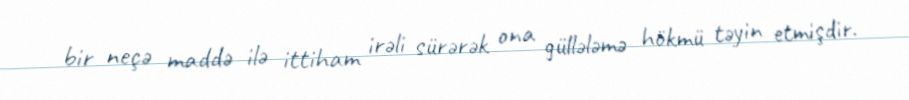
bir neçə maddə ilə ittiham irəli sürərək ona güllələmə hökmü təyin etmişdir.